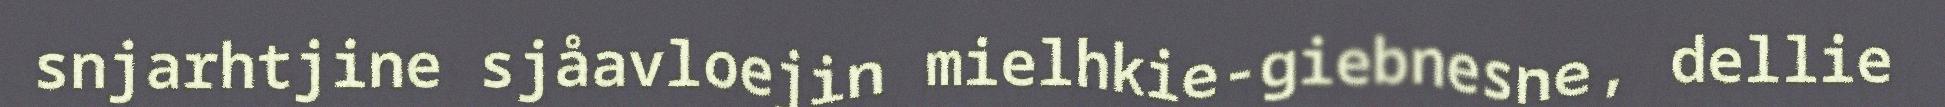
snjarhtjine sjåavloejin mielhkie-giebnesne, dellie